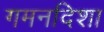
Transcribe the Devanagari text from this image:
गमनदिशा